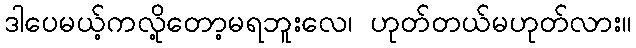
ဒါပေမယ့်ကလို့တော့မရဘူးလေ၊ ဟုတ်တယ်မဟုတ်လား။